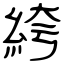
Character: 絝